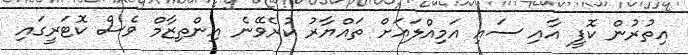
އިތުރުން ކޮފީ އާއި ސައި އަމިއްލައަށް ތައްޔާރު ކުރެވޭނެ އިންތިޒާމް ވެސް ކޮޓަރީގައި